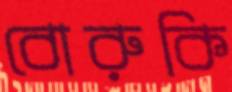
বোরুকি